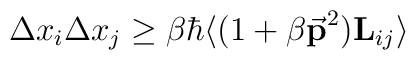
\Delta x_i \Delta x_j \ge \beta \hbar \langle (1+\beta{{\bf \vec{p}}}^2){\bf{L}}_{ij}\rangle